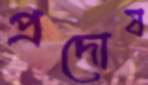
প্রদোষ